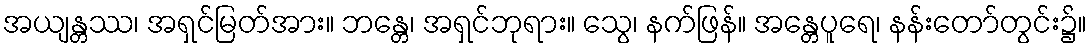
အယျန္တဿ၊ အရှင်မြတ်အား။ ဘန္တေ၊ အရှင်ဘုရား။ သွေ၊ နက်ဖြန်။ အန္တေပူရေ၊ နန်းတော်တွင်း၌။